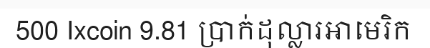
500 Ixcoin 9.81 ប្រាក់ដុល្លារអាមេរិក